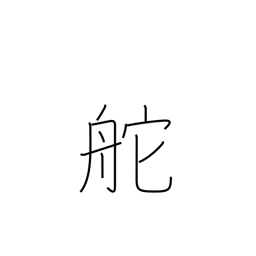
Meaning: wheel